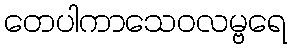
တေပါကာသေဝလမ္ဗရေ